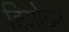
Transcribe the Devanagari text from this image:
बिमोटन